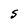
Character: S